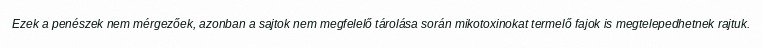
Ezek a penészek nem mérgezőek, azonban a sajtok nem megfelelő tárolása során mikotoxinokat termelő fajok is megtelepedhetnek rajtuk.